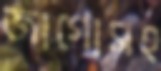
জাগোসহ